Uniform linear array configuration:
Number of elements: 16
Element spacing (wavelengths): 0.5
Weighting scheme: kaiser
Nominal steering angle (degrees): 60
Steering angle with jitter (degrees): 61.87
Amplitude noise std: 0.05
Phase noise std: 0.05

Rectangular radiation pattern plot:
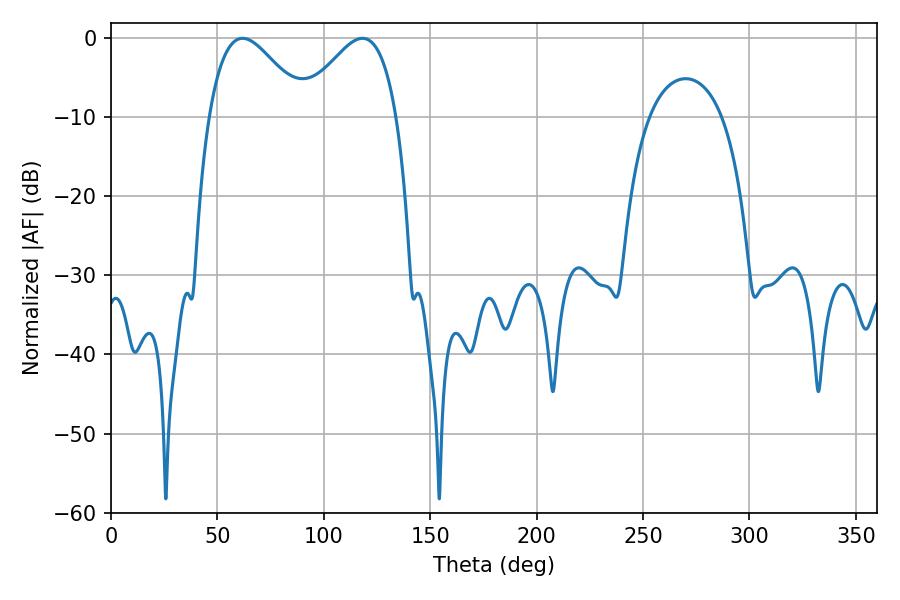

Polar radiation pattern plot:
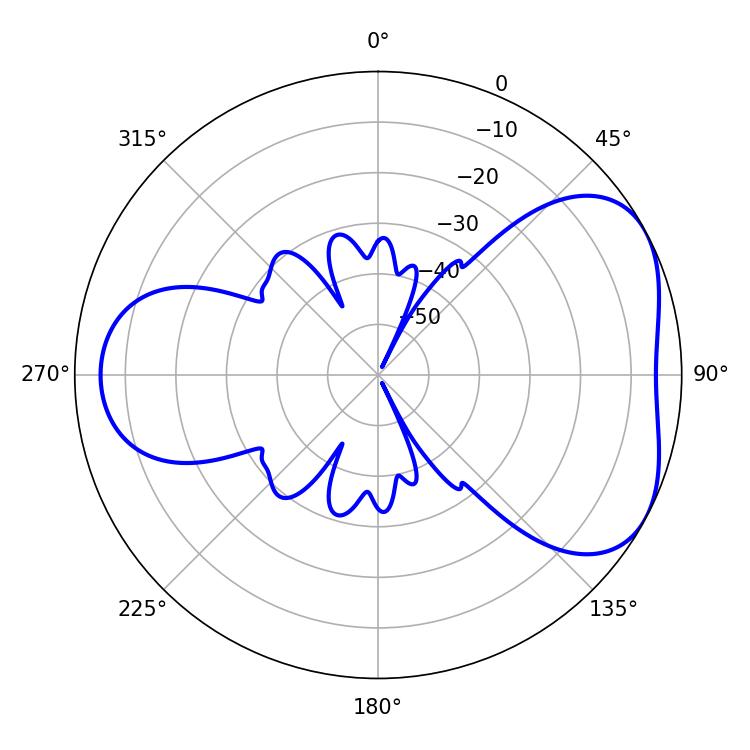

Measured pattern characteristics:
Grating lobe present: FALSE
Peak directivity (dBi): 4.684
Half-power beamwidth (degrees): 24.48
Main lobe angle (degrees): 61.74